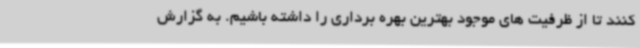
کنند تا از ظرفیت های موجود بهترین بهره برداری را داشته باشیم. به گزارش